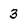
Character: 3